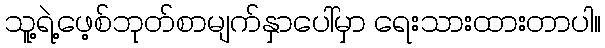
သူ့ရဲ့ဖေ့စ်ဘုတ်စာမျက်နှာပေါ်မှာ ရေးသားထားတာပါ။